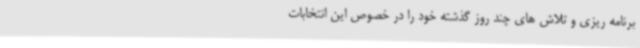
برنامه ریزی و تلاش های چند روز گذشته خود را در خصوص این انتخابات